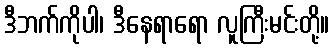
ဒီဘက်ကိုပါ၊ ဒီနေရာရော လူကြီးမင်းတို့။